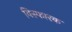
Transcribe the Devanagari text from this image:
विस्फारक